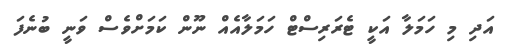
އަދި މި ހަމަލާ އަކީ ޓެރަރިސްޓް ހަމަލާއެއް ނޫން ކަމަށްވެސް ވަނީ ބުނެފަ